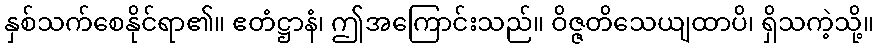
နှစ်သက်စေနိုင်ရာ၏။ ဧတံဋ္ဌာနံ၊ ဤအကြောင်းသည်။ ဝိဇ္ဇတိသေယျထာပိ၊ ရှိသကဲ့သို့။